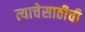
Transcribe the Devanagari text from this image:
त्याचेसाठीची